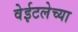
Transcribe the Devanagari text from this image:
वेईटलेच्या